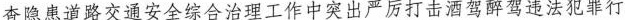
查隐患道路交通安全综合治理工作中突出严厉打击酒驾醉驾违法犯罪行